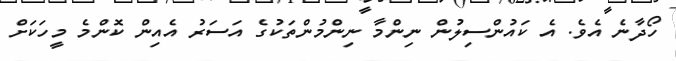
ހޯދާނެ އެވެ. އެ ކައުންސިލުން ނިންމާ ނިންމުންތަކުގެ އަސަރު އެއިން ކޮންމެ މީހަކަށް